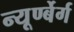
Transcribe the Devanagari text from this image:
न्यूर्ण्बेर्ग